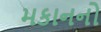
મકાનનો